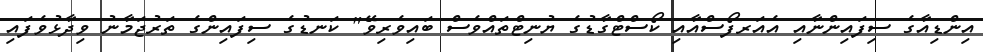
އިންޑިއާގެ ސިފައިންނާއި އެއަރފޯސްއާއި ކޯސްޓްގާޑުގެ ޔުނިޓްތައްވެސް ބައިވެރިވޭ" ކަނޑުގެ ސިފައިންގެ ތަރުޖަމާނު ވިދާޅުވެފައި